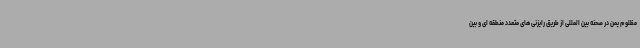
مظلوم یمن در صحنه بین المللی از طریق رایزنی های متعدد منطقه ای و بین